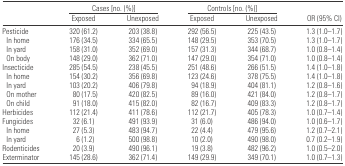
<table><thead><tr><td></td><td colspan="2"><b>Cases [no. (%)]</b></td><td colspan="2"><b>Controls [no. (%)]</b></td><td></td></tr><tr><td></td><td><b>Exposed</b></td><td><b>Unexposed</b></td><td><b>Exposed</b></td><td><b>Unexposed</b></td><td><b>OR (95% CI)</b></td></tr></thead><tbody><tr><td>Pesticide</td><td>320 (61.2)</td><td>203 (38.8)</td><td>292 (56.5)</td><td>225 (43.5)</td><td>1.3 (1.0–1.7)</td></tr><tr><td> In home</td><td>176 (34.5)</td><td>334 (65.5)</td><td>148 (29.5)</td><td>353 (70.5)</td><td>1.3 (1.0–1.7)</td></tr><tr><td> In yard</td><td>158 (31.0)</td><td>352 (69.0)</td><td>157 (31.3)</td><td>344 (68.7)</td><td>1.0 (0.8–1.4)</td></tr><tr><td> On body</td><td>148 (29.0)</td><td>362 (71.0)</td><td>147 (29.0)</td><td>354 (71.0)</td><td>1.0 (0.8–1.4)</td></tr><tr><td>Insecticide</td><td>285 (54.5)</td><td>238 (45.5)</td><td>251 (48.6)</td><td>266 (51.5)</td><td>1.4 (1.0–1.8)</td></tr><tr><td> In home</td><td>154 (30.2)</td><td>356 (69.8)</td><td>123 (24.6)</td><td>378 (75.5)</td><td>1.4 (1.0–1.8)</td></tr><tr><td> In yard</td><td>103 (20.2)</td><td>406 (79.8)</td><td>94 (18.9)</td><td>404 (81.1)</td><td>1.2 (0.8–1.6)</td></tr><tr><td> On mother</td><td>80 (17.5)</td><td>420 (82.5)</td><td>89 (16.0)</td><td>421 (84.0)</td><td>1.2 (0.8–1.7)</td></tr><tr><td> On child</td><td>91 (18.0)</td><td>415 (82.0)</td><td>82 (16.7)</td><td>409 (83.3)</td><td>1.2 (0.8–1.7)</td></tr><tr><td>Herbicides</td><td>112 (21.4)</td><td>411 (78.6)</td><td>112 (21.7)</td><td>405 (78.3)</td><td>1.0 (0.7–1.4)</td></tr><tr><td>Fungicides</td><td>32 (6.1)</td><td>491 (93.9)</td><td>31 (6.0)</td><td>486 (94.0)</td><td>1.0 (0.6–1.7)</td></tr><tr><td> In home</td><td>27 (5.3)</td><td>483 (94.7)</td><td>22 (4.4)</td><td>479 (95.6)</td><td>1.2 (0.7–2.1)</td></tr><tr><td> In yard</td><td>6 (1.2)</td><td>500 (98.8)</td><td>10 (2.0)</td><td>490 (98.0)</td><td>0.7 (0.2–1.9)</td></tr><tr><td>Rodenticides</td><td>20 (3.9)</td><td>490 (96.1)</td><td>19 (3.8)</td><td>482 (96.2)</td><td>1.0 (0.5–2.0)</td></tr><tr><td>Exterminator</td><td>145 (28.6)</td><td>362 (71.4)</td><td>149 (29.9)</td><td>349 (70.1)</td><td>1.0 (0.7–1.3)</td></tr></tbody></table>